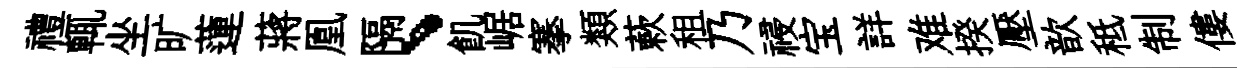
禮輒坐旷蓮蔣凰隔、飢崌搴類蔌租乃祲宝詳难揆壓歆秪制僂